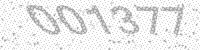
Solution: 001377